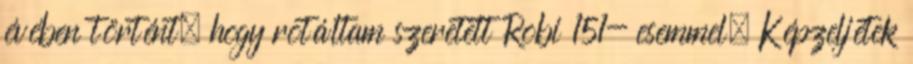
évében történt, hogy rotáltam szeretett Robi 151- esemmel. Képzeljétek